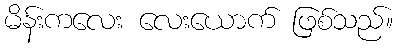
မိန်းကလေး လေးယောက် ဖြစ်သည်။